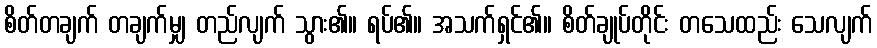
စိတ်တချက် တချက်မျှ တည်လျက် သွား၏။ ရပ်၏။ အသက်ရှင်၏။ စိတ်ချုပ်တိုင်း တသေထည်း သေလျက်